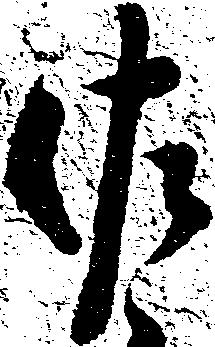
佐